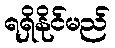
ရရှိနိုင်မည်